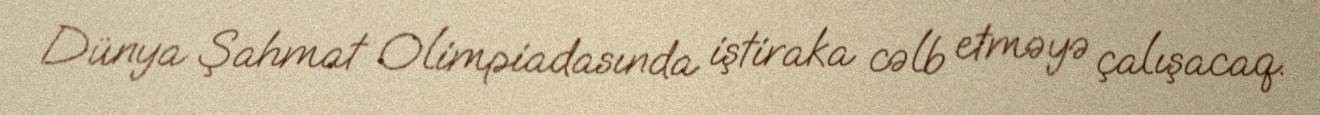
Dünya Şahmat Olimpiadasında iştiraka cəlb etməyə çalışacaq.